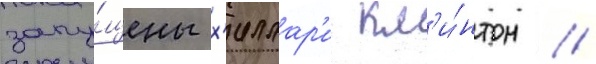
запу́щены х'иллар'и кл'и́нтон //